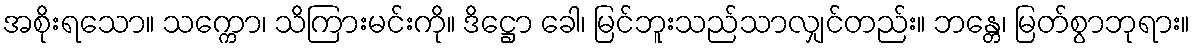
အစိုးရသော။ သက္ကော၊ သိကြားမင်းကို။ ဒိဋ္ဌော ခေါ၊ မြင်ဘူးသည်သာလျှင်တည်း။ ဘန္တေ၊ မြတ်စွာဘုရား။